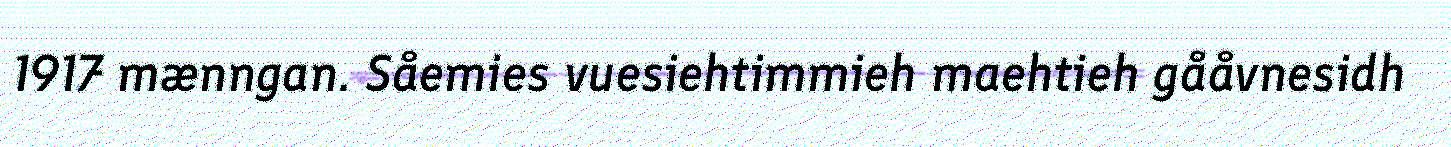
1917 mænngan. Såemies vuesiehtimmieh maehtieh gååvnesidh